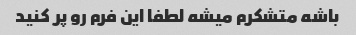
باشه متشکرم میشه لطفا این فرم رو پر کنید